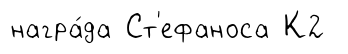
награ́да Ст'ефаноса К2